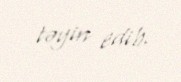
təyin edib.